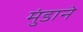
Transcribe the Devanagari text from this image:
मुंडाने